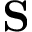
\mathbf { S }